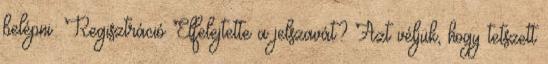
belépni: Regisztráció Elfelejtette a jelszavát? Azt véljük, hogy tetszett